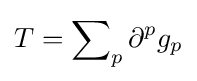
T=\sum \nolimits _{p}\partial ^{p}g_{p}